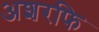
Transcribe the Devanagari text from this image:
अशरफि